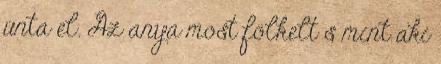
únta el. Az anya most fölkelt s mint aki